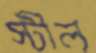
স্টীল